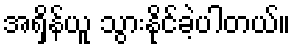
အရှိန်ယူ သွားနိုင်ခဲ့ပါတယ်။